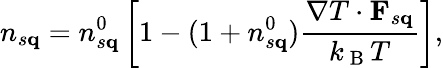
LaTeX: n_{s\mathbf{q}}=n_{s\mathbf{q}}^{0}\left[1-(1+n_{s\mathbf{q}}^{0})\frac{\mathbf{\nabla}T\cdot\mathbf{F}_{s\mathbf{q}}}{k_{\mathrm{~B~}}T}\right],